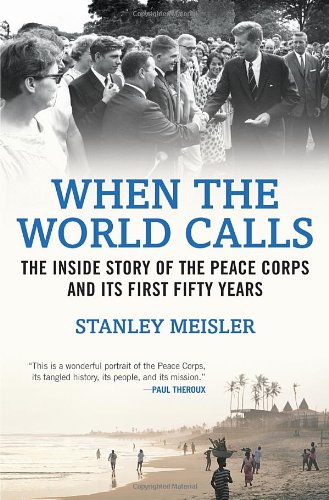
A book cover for When the World Calls: The Inside Story of the Peace Corps and Its First Fifty Years; Stanley Meisler; Reference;